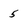
Character: 5